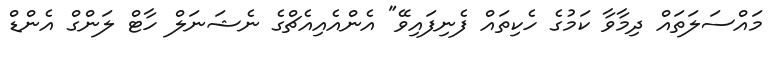
މައްސަލަތައް ދިމާވާ ކަމުގެ ހެކިތައް ފެނިފައިވޭ" އެންއެއިއެޗްގެ ނެޝަނަލް ހާޓް ލަންގް އެންޑް